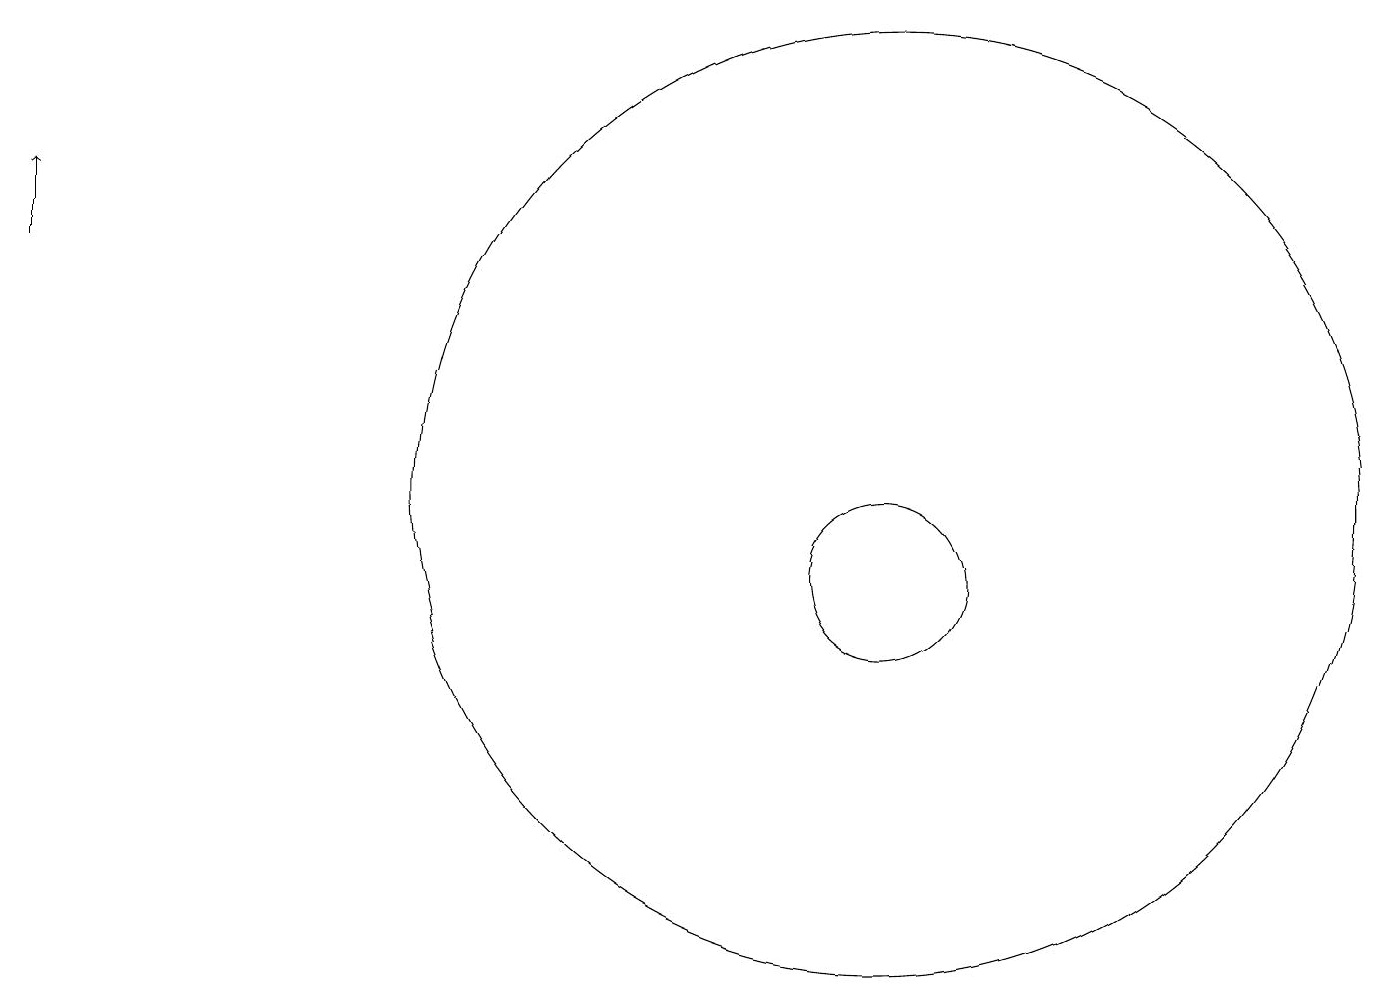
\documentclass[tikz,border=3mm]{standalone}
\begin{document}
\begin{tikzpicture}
\draw[->] (1,15) -- (1,16);
\draw (12,11) circle (1);
\draw (12,12) circle (6);
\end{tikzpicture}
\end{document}